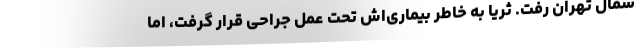
شمال تهران رفت. ثریا به خاطر بیماری‌اش تحت عمل جراحی قرار گرفت، اما